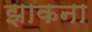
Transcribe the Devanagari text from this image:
झाकना